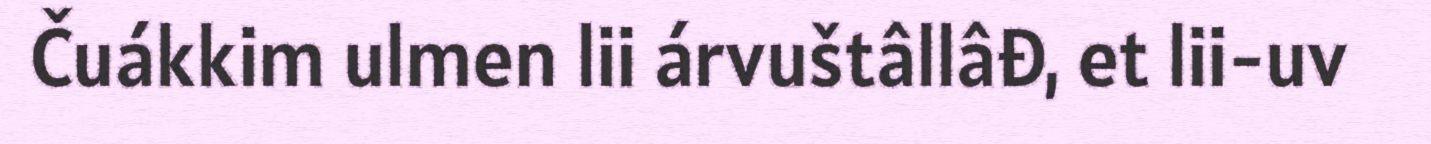
Čuákkim ulmen lii árvuštâllâđ, et lii-uv